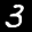
Label: 3